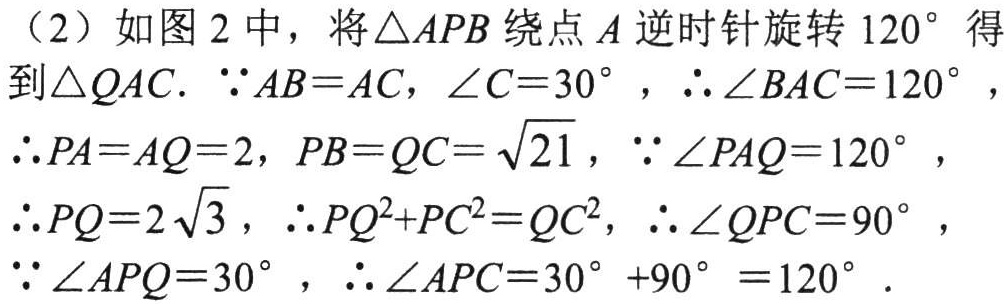
（2）如图 2 中，将$\triangle APB$绕点$A$逆时针旋转$120^{\circ}$得到$\triangle QAC$. $\because AB = AC$，$\angle C = 30^{\circ}$，$\therefore \angle BAC = 120^{\circ}$，$\therefore PA = AQ = 2$，$PB = QC = \sqrt{21}$，$\because \angle PAQ = 120^{\circ}$，$\therefore PQ = 2\sqrt{3}$，$\therefore PQ^{2}+PC^{2}=QC^{2}$，$\therefore \angle QPC = 90^{\circ}$，$\because \angle APQ = 30^{\circ}$，$\therefore \angle APC = 30^{\circ}+90^{\circ}=120^{\circ}$.